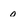
Character: o